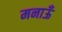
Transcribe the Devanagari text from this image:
मनाऊँ